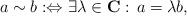
LaTeX: \begin{align*}a\sim b:\Leftrightarrow \exists \lambda\in\mathbf{C}:\,a=\lambda b,\end{align*}